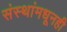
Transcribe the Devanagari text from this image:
संस्थांमधूनही